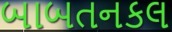
બાબતનકલ